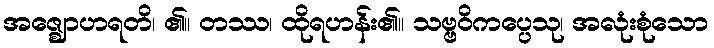
အဇ္ဈောဟရတိ၊ ၏။ တဿ၊ ထိုရဟန်း၏။ သဗ္ဗဝိကပ္ပေသု၊ အလုံးစုံသော